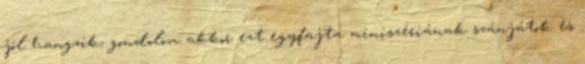
jól hangzik, gondolom akkor ezt egyfajta miniszériának szánjátok és